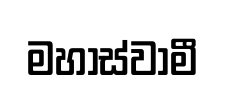
මහාස්වාමී